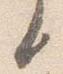
言